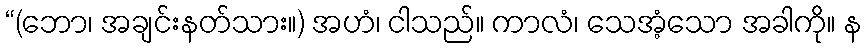
“(ဘော၊ အချင်းနတ်သား။) အဟံ၊ ငါသည်။ ကာလံ၊ သေအံ့သော အခါကို။ န